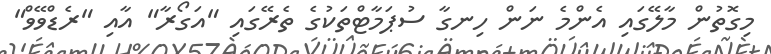
މިގޮތުން މާލޭގައި އެންމެ ނަން ހިނގާ ސުޕަމާޓްތަކުގެ ތެރޭގައި "އަގޯރާ" އާއި "ރެޑްވޭވް"